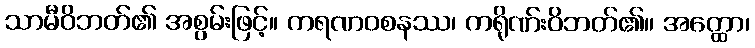
သာမီဝိဘတ်၏ အစွမ်းဖြင့်။ ကရဏဝစနဿ၊ ကရိုဏ်းဝိဘတ်၏။ အတ္ထော၊